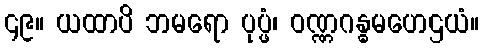
၄၉။ ယထာပိ ဘမရော ပုပ္ဖံ၊ ဝဏ္ဏဂန္ဓမဟေဌယံ။